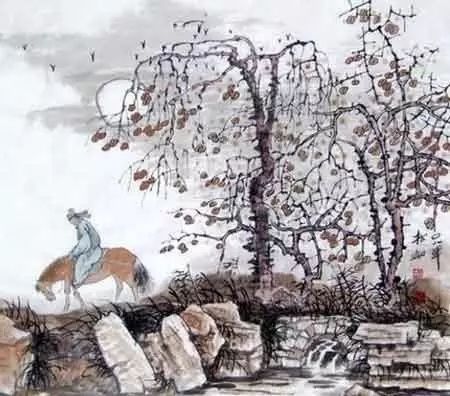
丈夫志四海，万里犹比邻。